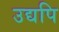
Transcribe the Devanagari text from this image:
उद्यपि